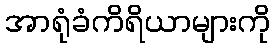
အာရုံခံကိရိယာများကို